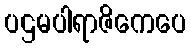
ပဌမပါရာဇိကေပေ